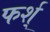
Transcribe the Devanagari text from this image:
फर्श्